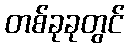
တစ်ခုခုတွင်